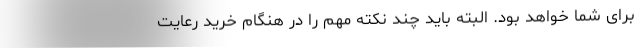
برای شما خواهد بود. البته باید چند نکته مهم را در هنگام خرید رعایت